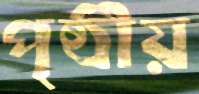
পৃষ্ঠীয়